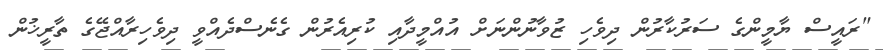
"ރައީސް ޔާމީންގެ ސަރުކާރުން ދިވެހި ޒުވާނުންނަށް އުއްމީދާއި ކުރިއެރުން ގެނެސްދެއްވީ ދިވެހިރާއްޖޭގެ ތާރީޚުން